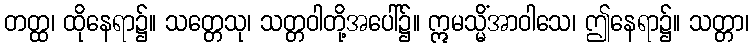
တတ္ထ၊ ထိုနေရာ၌။ သတ္တေသု၊ သတ္တဝါတို့အပေါ်၌။ ဣမသ္မိံအာဝါသေ၊ ဤနေရာ၌။ သတ္တာ၊